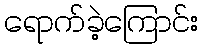
ရောက်ခဲ့ကြောင်း